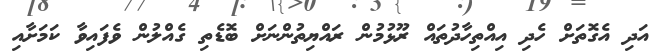
އަދި އެގޮތަށް ހެދި އިއްތިހާދުތައް ރޫޅުމުން ރައްޔިތުންނަށް ބޮޑެތި ގެއްލުން ވެފައިވާ ކަމަށާއި